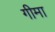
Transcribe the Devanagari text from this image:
गीमा